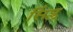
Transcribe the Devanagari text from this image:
सिंप्ल्